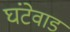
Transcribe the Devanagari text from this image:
घंटेवाड